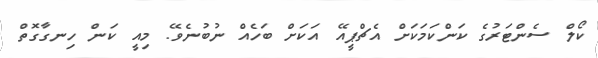
ކޯލް ސެންޓަރުގެ ކަންކަމަކަށް އެޗްޕީއޭ އަކަށް ބަހެއް ނުބުނެވޭ. މިއީ ކަން ހިނގާގޮތް